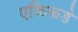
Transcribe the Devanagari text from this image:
एकिकडे